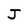
Character: J